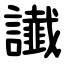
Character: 䜟